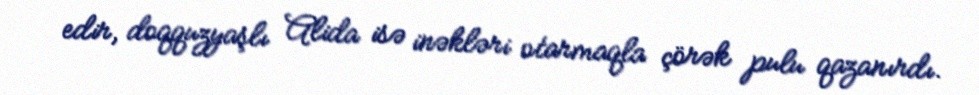
edir, doqquzyaşlı Alida isə inəkləri otarmaqla çörək pulu qazanırdı.